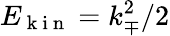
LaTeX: {E_{\mathrm{~k~i~n~}}=k_{\mp}^{2}/2}